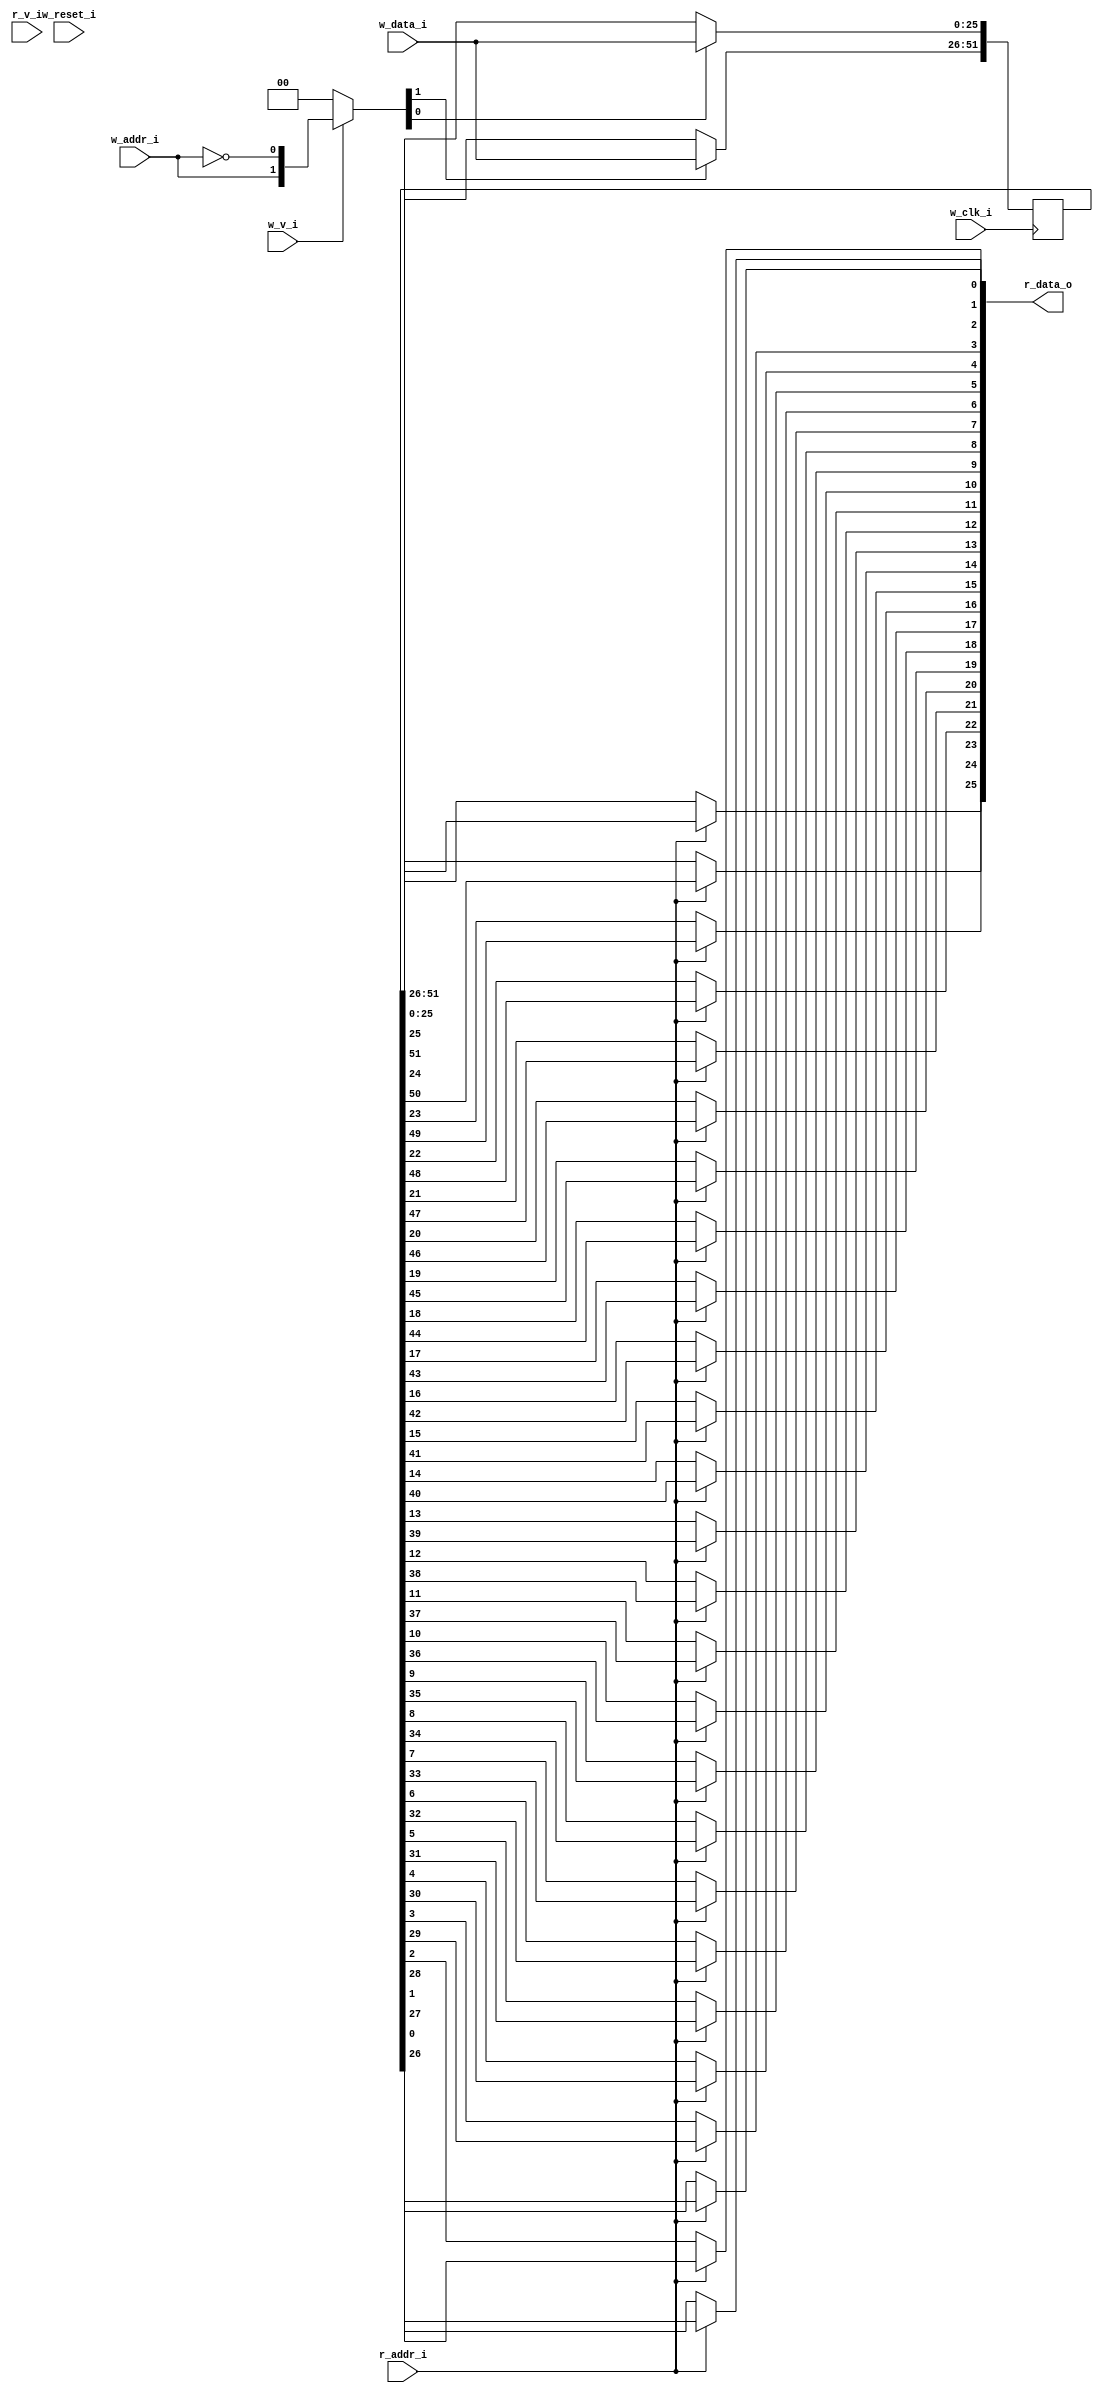
module bsg_mem_1r1w_synth_width_p26_els_p2_read_write_same_addr_p0_harden_p0
(
  w_clk_i,
  w_reset_i,
  w_v_i,
  w_addr_i,
  w_data_i,
  r_v_i,
  r_addr_i,
  r_data_o
);

  input [0:0] w_addr_i;
  input [25:0] w_data_i;
  input [0:0] r_addr_i;
  output [25:0] r_data_o;
  input w_clk_i;
  input w_reset_i;
  input w_v_i;
  input r_v_i;
  wire [25:0] r_data_o;
  wire N0,N1,N2,N3,N4,N5,N7,N8;
  reg [51:0] mem;
  assign r_data_o[25] = (N3)? mem[25] :
                        (N0)? mem[51] : 1'b0;
  assign N0 = r_addr_i[0];
  assign r_data_o[24] = (N3)? mem[24] :
                        (N0)? mem[50] : 1'b0;
  assign r_data_o[23] = (N3)? mem[23] :
                        (N0)? mem[49] : 1'b0;
  assign r_data_o[22] = (N3)? mem[22] :
                        (N0)? mem[48] : 1'b0;
  assign r_data_o[21] = (N3)? mem[21] :
                        (N0)? mem[47] : 1'b0;
  assign r_data_o[20] = (N3)? mem[20] :
                        (N0)? mem[46] : 1'b0;
  assign r_data_o[19] = (N3)? mem[19] :
                        (N0)? mem[45] : 1'b0;
  assign r_data_o[18] = (N3)? mem[18] :
                        (N0)? mem[44] : 1'b0;
  assign r_data_o[17] = (N3)? mem[17] :
                        (N0)? mem[43] : 1'b0;
  assign r_data_o[16] = (N3)? mem[16] :
                        (N0)? mem[42] : 1'b0;
  assign r_data_o[15] = (N3)? mem[15] :
                        (N0)? mem[41] : 1'b0;
  assign r_data_o[14] = (N3)? mem[14] :
                        (N0)? mem[40] : 1'b0;
  assign r_data_o[13] = (N3)? mem[13] :
                        (N0)? mem[39] : 1'b0;
  assign r_data_o[12] = (N3)? mem[12] :
                        (N0)? mem[38] : 1'b0;
  assign r_data_o[11] = (N3)? mem[11] :
                        (N0)? mem[37] : 1'b0;
  assign r_data_o[10] = (N3)? mem[10] :
                        (N0)? mem[36] : 1'b0;
  assign r_data_o[9] = (N3)? mem[9] :
                       (N0)? mem[35] : 1'b0;
  assign r_data_o[8] = (N3)? mem[8] :
                       (N0)? mem[34] : 1'b0;
  assign r_data_o[7] = (N3)? mem[7] :
                       (N0)? mem[33] : 1'b0;
  assign r_data_o[6] = (N3)? mem[6] :
                       (N0)? mem[32] : 1'b0;
  assign r_data_o[5] = (N3)? mem[5] :
                       (N0)? mem[31] : 1'b0;
  assign r_data_o[4] = (N3)? mem[4] :
                       (N0)? mem[30] : 1'b0;
  assign r_data_o[3] = (N3)? mem[3] :
                       (N0)? mem[29] : 1'b0;
  assign r_data_o[2] = (N3)? mem[2] :
                       (N0)? mem[28] : 1'b0;
  assign r_data_o[1] = (N3)? mem[1] :
                       (N0)? mem[27] : 1'b0;
  assign r_data_o[0] = (N3)? mem[0] :
                       (N0)? mem[26] : 1'b0;
  assign N5 = ~w_addr_i[0];
  assign { N8, N7 } = (N1)? { w_addr_i[0:0], N5 } :
                      (N2)? { 1'b0, 1'b0 } : 1'b0;
  assign N1 = w_v_i;
  assign N2 = N4;
  assign N3 = ~r_addr_i[0];
  assign N4 = ~w_v_i;

  always @(posedge w_clk_i) begin
    if(N8) begin
      { mem[51:26] } <= { w_data_i[25:0] };
    end
    if(N7) begin
      { mem[25:0] } <= { w_data_i[25:0] };
    end
  end


endmodule